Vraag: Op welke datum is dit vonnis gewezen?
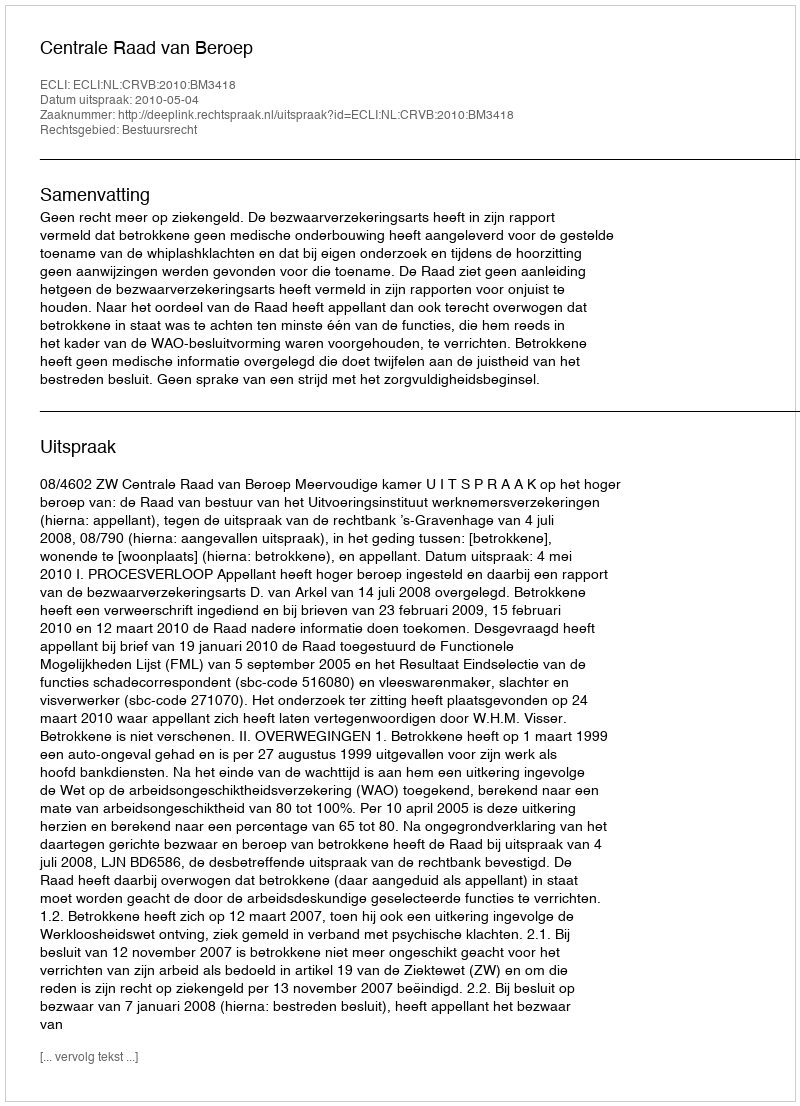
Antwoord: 2010-05-04